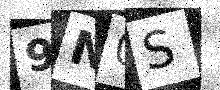
Text: 9N0S